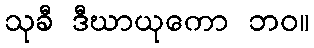
သုခီ ဒီဃာယုကော ဘဝ။